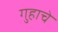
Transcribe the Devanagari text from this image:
गुहाचे